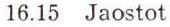
16.15 Jaostot